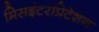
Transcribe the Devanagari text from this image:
मिसइंटरप्रिटेशन